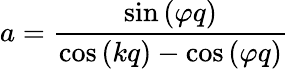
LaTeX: a=\frac{\sin{(\varphi q)}}{\cos{(kq)}-\cos{(\varphi q)}}